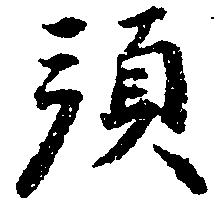
預